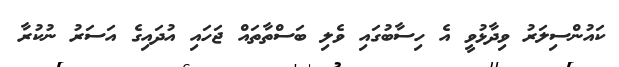
ކައުންސިލަރު ވިދާޅުވީ އެ ހިސާބުގައި ވެލި ބަސްތާތައް ޖަހައި އުދައިގެ އަސަރު ނުކުރާ